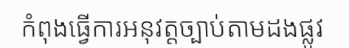
កំពុងធ្វើការអនុវត្តច្បាប់តាមដងផ្លូវ